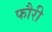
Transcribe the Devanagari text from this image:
फौरी